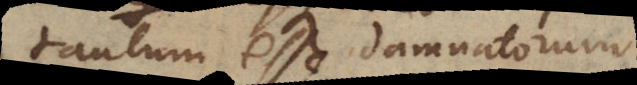
tantum esse damnatorum